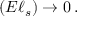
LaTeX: ( E \ell _ { s } ) \rightarrow 0 \, .